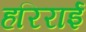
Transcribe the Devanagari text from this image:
हरिराई